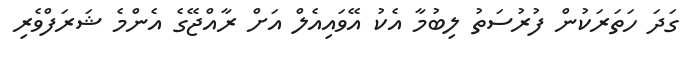
ގަދަ ހަތަރަކުން ފުރުސަތު ލިބުމާ އެކު އޭވައިއެލް އަށް ރާއްޖޭގެ އެންމެ ޝަރަފްވެރި